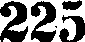
225